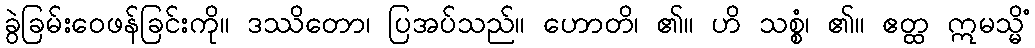
ခွဲခြမ်းဝေဖန်ခြင်းကို။ ဒဿိတော၊ ပြအပ်သည်။ ဟောတိ၊ ၏။ ဟိ သစ္စံ၊ ၏။ ဧတ္ထ ဣမသ္မိံ